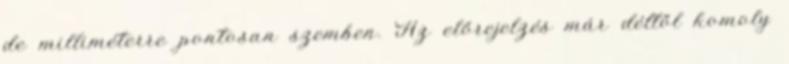
de milliméterre pontosan szemben. Az előrejelzés már déltől komoly